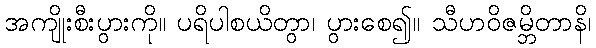
အကျိုးစီးပွားကို။ ပရိပါစယိတွာ၊ ပွားစေ၍။ သီဟဝိဇမ္ဘိတာနိ၊